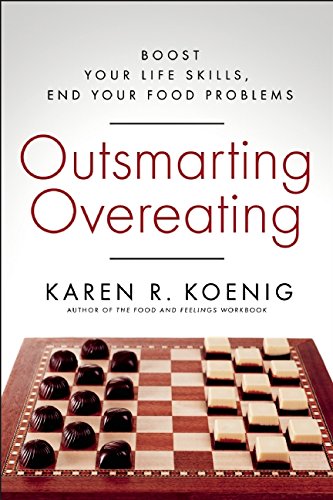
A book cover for Outsmarting Overeating: Boost Your Life Skills, End Your Food Problems; Karen R. Koenig; Self-Help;